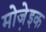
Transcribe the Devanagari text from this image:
मोजे़इक